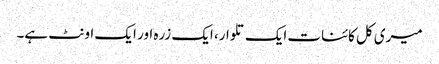
میری کل کائنات ایک تلوار، ایک زرہ اور ایک اونٹ ہے۔